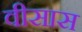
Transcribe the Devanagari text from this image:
वीसास